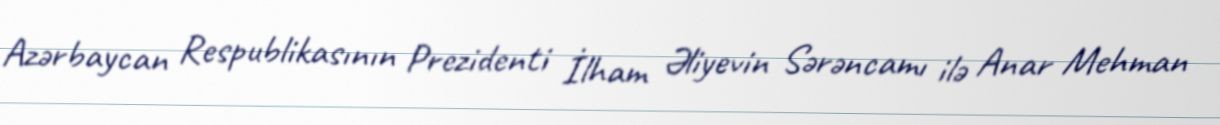
Azərbaycan Respublikasının Prezidenti İlham Əliyevin Sərəncamı ilə Anar Mehman